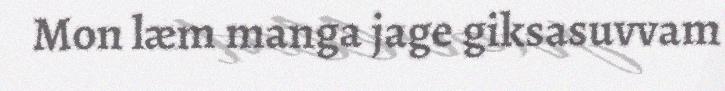
Mon læm manga jage giksasuvvam